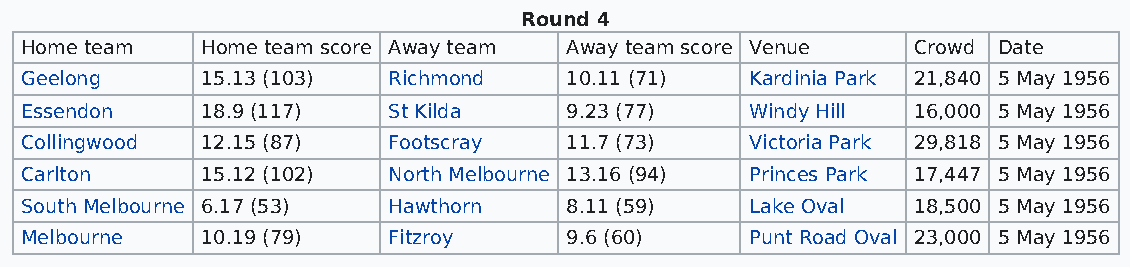
Round 4
 Home team   Home team score Away team Away team score Venue Crowd Date
 Geelong     15.13 (103)  Richmond   10.11 (71)   Kardinia Park 21,840 5 May 1956
 Essendon    18.9 (117)   St Kilda   9.23 (77)    Windy Hill 16,000 5 May 1956
 Collingwood 12.15 (87)   Footscray  11.7 (73)    Victoria Park 29,818 5 May 1956
 Carlton     15.12 (102)  North Melbourne 13.16 (94) Princes Park 17,447 5 May 1956
 South Melbourne 6.17 (53) Hawthorn  8.11 (59)    Lake Oval 18,500 5 May 1956
 Melbourne   10.19 (79)   Fitzroy    9.6 (60)     Punt Road Oval 23,000 5 May 1956